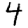
Digit: 4